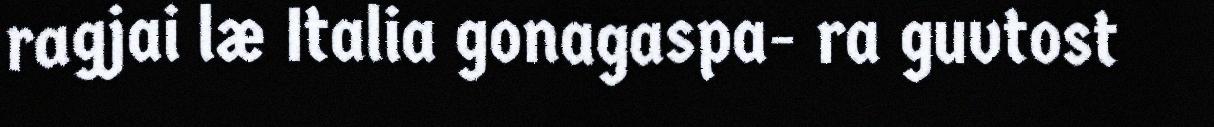
ragjai læ Italia gonagaspa- ra guvtost